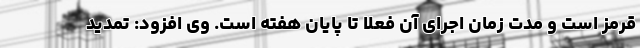
قرمز است و مدت زمان اجرای آن فعلا تا پایان هفته است. وی افزود: تمدید